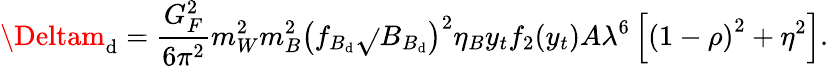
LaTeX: \Deltam_{\mathrm{d}}={\frac{{G_{F}^{2}}}{{6\pi^{2}}}}m_{W}^{2}m_{B}^{2}\left(f_{B_{\mathrm{d}}}\sqrt{}{{B_{B_{\mathrm{d}}}}}\right)^{2}\eta_{B}y_{t}f_{2}(y_{t})A\lambda^{6}\left[\left(1-\rho\right)^{2}+\eta^{2}\right].